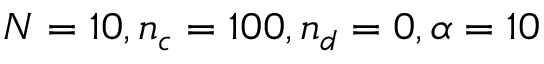
N = 1 0 , n _ { c } = 1 0 0 , n _ { d } = 0 , \alpha = 1 0